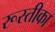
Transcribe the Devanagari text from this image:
रूस्तीका